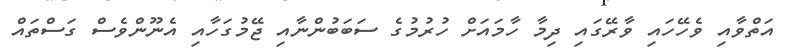
އަތްވާއި ވެހޭހައި ވާރޭގައި ދިމާ ހާމައަށް ހުރުމުގެ ސަބަބުންނާއި ޖޭމުގަހާއި އެނޫންވެސް ގަސްތައް